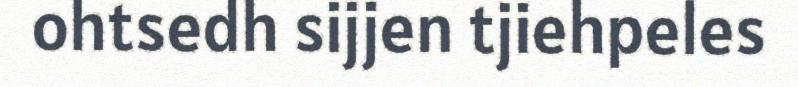
ohtsedh sijjen tjiehpeles